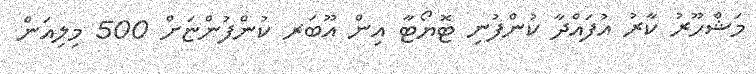
މަޝްހޫރު ކާރު އުފައްދާ ކުންފުނި ޓޮޔޯޓާ އިން އޫބަރ ކުންފުންޏަށް 500 މިލިއަން